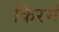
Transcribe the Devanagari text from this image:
किरमं